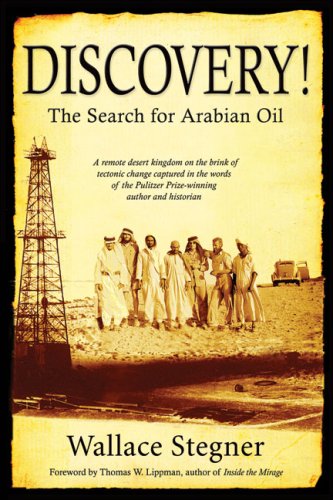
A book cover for Discovery!: The Search for Arabian Oil; Wallace Stegner; History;